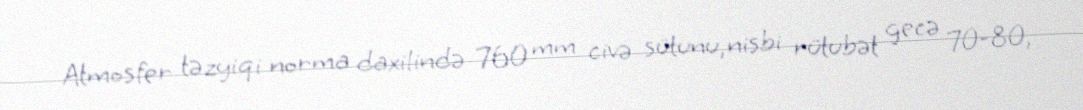
Atmosfer təzyiqi norma daxilində 760 mm civə sütunu, nisbi rütubət gecə 70-80,